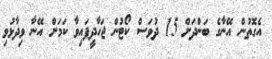
އެގޮތުން އޭނާގެ ބަންދަށް 15 ދުވަސް ކޯޓުން ޖަހާދީފައިވާ ކަމަށް އޭނާ ވިދާޅުވި